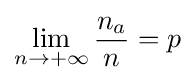
\lim _{n\to +\infty }{n_{a} \over n}=p